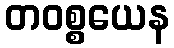
တဝစ္စယေန